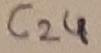
Text: C24